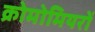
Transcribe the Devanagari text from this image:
क्रोमोमियरों